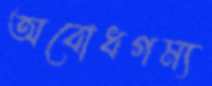
অবোধগম্য